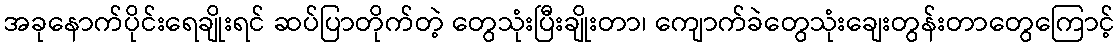
အခုနောက်ပိုင်းရေချိုးရင် ဆပ်ပြာတိုက်တဲ့ တွေသုံးပြီးချိုးတာ၊ ကျောက်ခဲတွေသုံးချေးတွန်းတာတွေကြောင့်